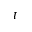
t